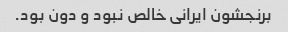
برنجشون ایرانی خالص نبود و دون بود.